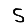
Digit: 5